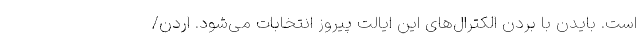
است. بایدن با بردن الکترال‌های این ایالت پیروز انتخابات می‌شود. اردن/